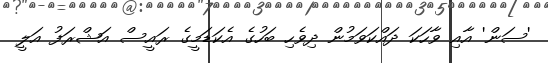
'ސަން' އާއި ވާހަކަ ދައްކަވަމުން ދިވެހި ބަހުގެ އެކަޑަމީގެ ރައީސް އަޝްރަފު އަލީ